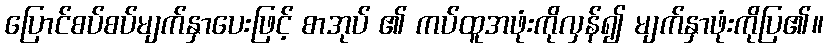
ပြောင်စပ်စပ်မျက်နှာပေးဖြင့် စာအုပ် ၏ ကပ်ထူအဖုံးကိုလှန်၍ မျက်နှာဖုံးကိုပြ၏။